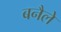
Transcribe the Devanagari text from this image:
बनैले